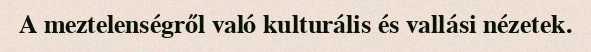
A meztelenségről való kulturális és vallási nézetek.